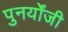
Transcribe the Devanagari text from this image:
पुनर्योंजी